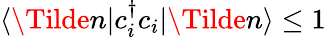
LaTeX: \langle\Tilde{n}|c_{i}^{\dagger}c_{i}|\Tilde{n}\rangle\leq 1